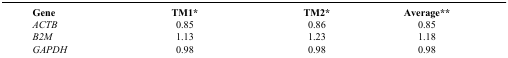
| Gene | TM1* | TM2* | Average** |
 | --- | --- | --- | --- |
 | ACTB | 0.85 | 0.86 | 0.85 |
 | B2M | 1.13 | 1.23 | 1.18 |
 | GAPDH | 0.98 | 0.98 | 0.98 |